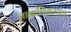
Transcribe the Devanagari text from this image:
ज्ञानाधिकरणत्व